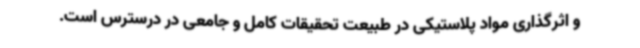
و اثرگذاری مواد پلاستیکی در طبیعت تحقیقات کامل و جامعی در درسترس است.